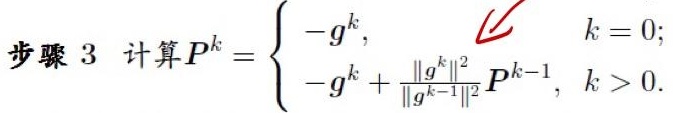
步骤 3 计算$P^{k}= \begin{cases} -g^{k}, & k = 0; \\ -g^{k}+\frac{\|g^{k}\|^{2}}{\|g^{k - 1}\|^{2}}P^{k - 1}, & k > 0. \end{cases}$